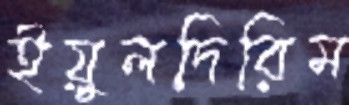
ইয়ুলদিরিম